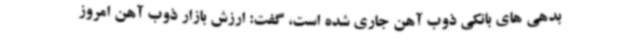
بدهی های بانکی ذوب آهن جاری شده است، گفت: ارزش بازار ذوب آهن امروز